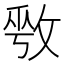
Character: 𫾾